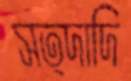
সত্দাদি